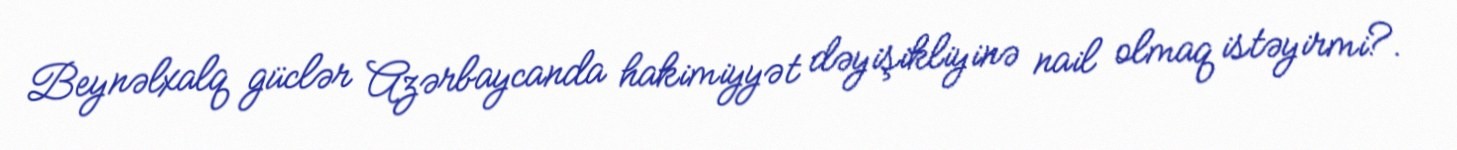
Beynəlxalq güclər Azərbaycanda hakimiyyət dəyişikliyinə nail olmaq istəyirmi?.